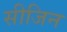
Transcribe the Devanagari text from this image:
सीजिन